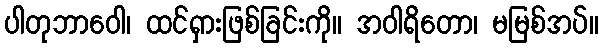
ပါတုဘာဝေါ၊ ထင်ရှားဖြစ်ခြင်းကို။ အဝါရိတော၊ မမြစ်အပ်။